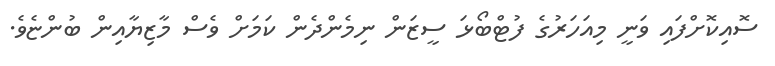
ސޮއިކޮށްފައި ވަނީ މިއަހަރުގެ ފުޓްބޯޅަ ސީޒަން ނިމެންދެން ކަމަށް ވެސް މާޒިޔާއިން ބުންޏެވެ.